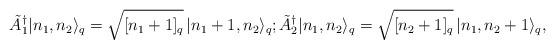
LaTeX: \begin{align*} \tilde A_1^\dagger \vert n_1,n_2\rangle_q = \sqrt{[n_1 +1]_q}\,\vert n_1 +1,n_2\rangle_q; \tilde A_2^\dagger \vert n_1,n_2\rangle_q = \sqrt{[n_2 +1]_q}\,\vert n_1,n_2 + 1\rangle_q,\end{align*}